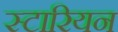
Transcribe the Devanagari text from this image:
स्टारियन